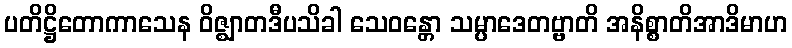
ပတိဋ္ဌိတောကာသေန ဝိဇ္ဈာတဒီပသိခါ သေဝန္တော သမ္ပာဒေတဗ္ဗာတိ အနိစ္စာတိအာဒိမာဟ